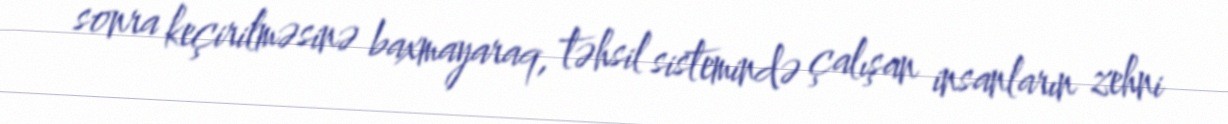
sonra keçirilməsinə baxmayaraq, təhsil sistemində çalışan insanların zehni